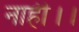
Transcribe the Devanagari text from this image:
नाही।।